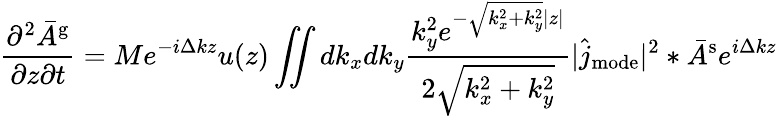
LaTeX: \frac{\partial^{2}\bar{A}^{\mathrm{g}}}{\partial z\partial t}=Me^{-i\Delta kz}u(z)\iint dk_{x}dk_{y}\frac{k_{y}^{2}e^{-\sqrt{k_{x}^{2}+k_{y}^{2}}|z|}}{2\sqrt{k_{x}^{2}+k_{y}^{2}}}|\hat{j}_{\mathrm{mode}}|^{2}\ast\bar{A}^{\mathrm{s}}e^{i\Delta kz}